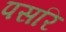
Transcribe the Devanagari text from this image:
पसरि